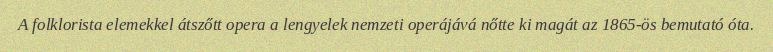
A folklorista elemekkel átszőtt opera a lengyelek nemzeti operájává nőtte ki magát az 1865-ös bemutató óta.